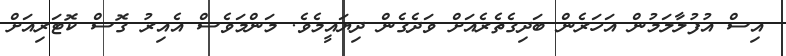
އިސް އުފުލާލަމުން އަހަރެން ބަދިގެތެރެއަށް ވަދެގެން ދިޔައީމެވެ. މަންމަވެސް އެއިރު ގޮސް ކޮޓަރިއަށް